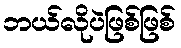
ဘယ်လိုပဲဖြစ်ဖြစ်